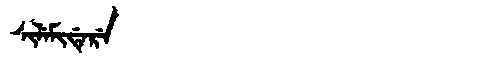
Manchu: ᠰᡳᠯᡝᠮᡳᡩᡝᡵᡝ
Romanization: SILEMIDERE